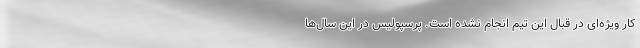
کار ویژه‌ای در قبال این تیم انجام نشده است. پرسپولیس در این سال‌ها